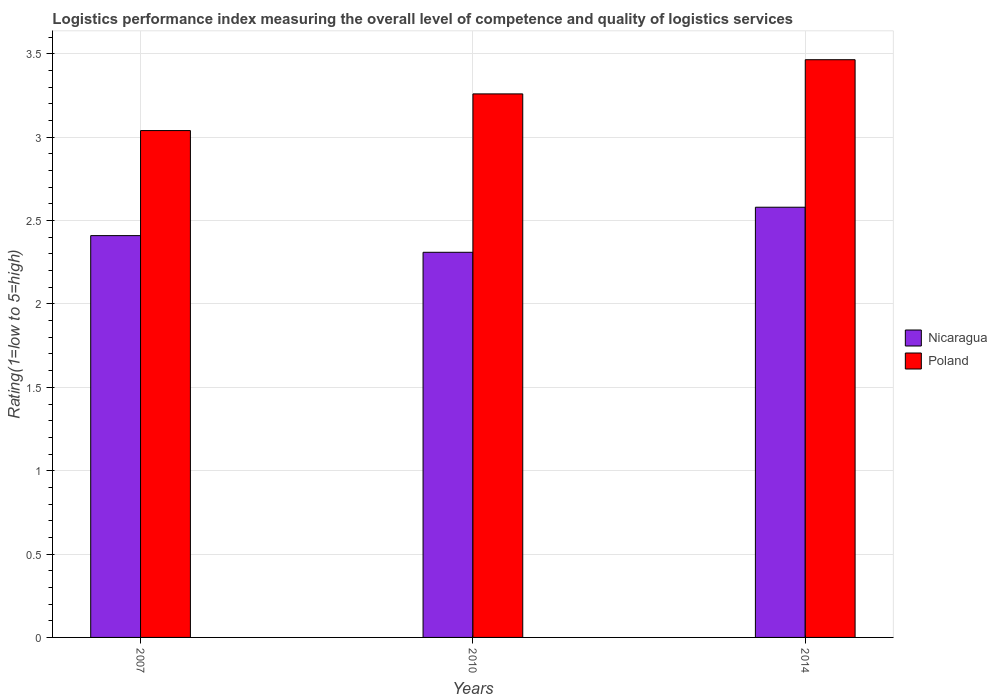
| Years | Nicaragua | Poland |
 | --- | --- | --- |
 | 2007 | 2.41 | 3.04 |
 | 2010 | 2.31 | 3.26 |
 | 2014 | 2.58 | 3.47 |